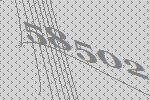
58502